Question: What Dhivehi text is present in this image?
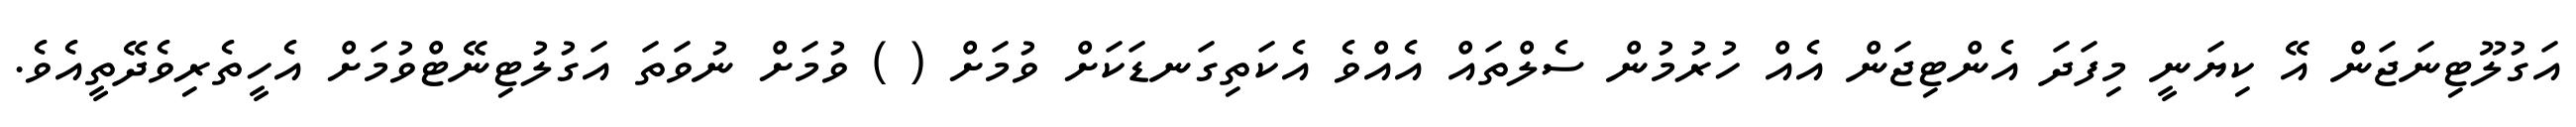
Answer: އަގުލޫޓިނަޖަން އޭ ކިޔަނީ މިފަދަ އެންޓިޖަން އެއް ހުރުމުން ސެލްތައް އެއްވެ އެކަތިގަނޑަކަށް ވުމަށް ( ) ވުމަށް ނުވަތަ އަގުލުޓިނޭޓްވުމަށް އެހީތެރިވެދޭތީއެވެ.